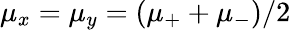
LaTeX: \mu_{x}=\mu_{y}=(\mu_{+}+\mu_{-})/2